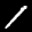
Label: 1